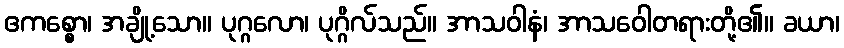
ဧကစ္စော၊ အချို့သော။ ပုဂ္ဂလော၊ ပုဂ္ဂိလ်သည်။ အာသဝါနံ၊ အာသဝေါတရားတို့၏။ ခယာ၊